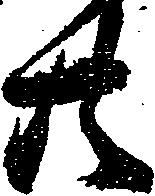
共